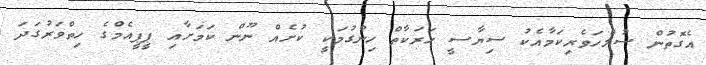
އެގޮތުން ސުލްހަވެރިކަމާއެކު ސިޔާސީ ހަރަކާތް ހިންގުމަކީ ކުށެއް ނޫން ކަމަށާއި ޕީޕީއެމްގެ ހިތްވަރުގަދަ